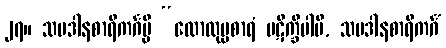
၂၇။ သပဒါနစာရိကင်္ဂမ္ပိ “လောလုပ္ပစာရံ ပဋိက္ခိပါမိ, သပဒါနစာရိကင်္ဂံ